Lunatic asylums in Bengal annual reports 1899-1911 - 1899-1911
Year: 1899
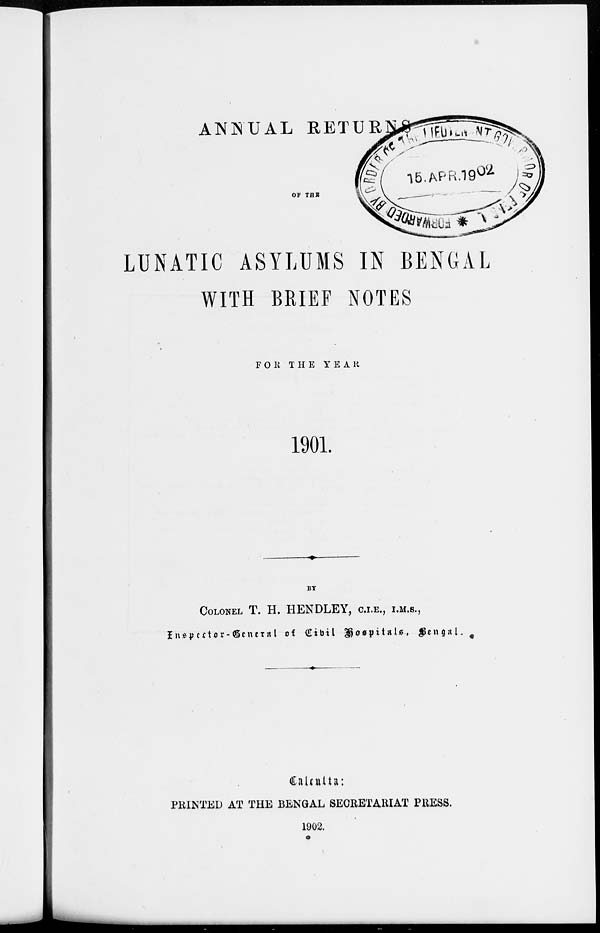
ANNUAL RETURNS
OF THE
LUNATIC ASYLUMS IN BENGAL
WITH BRIEF NOTES
FOR THE YEAR
1901.
BY
COLONEL T. H. HENDLEY, C.I.E., I.M.S.,
Inspector-General of Civil Hospitals, Bengal.
Calcutta:
PRINTED AT THE BENGAL SECRETARIAT PRESS.
1902.